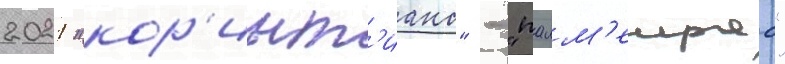
2021 "кор'инт'ианс" - "палм'еирас"